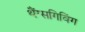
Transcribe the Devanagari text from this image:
थैंग्सगिविंग